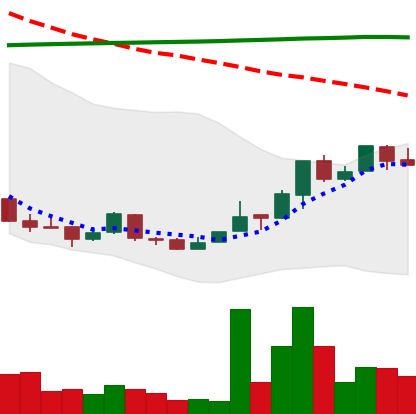
Ticker: NEO-USD
Chart end date: 2018-04-17
Forward return: 12.181%
Label: up_7plus